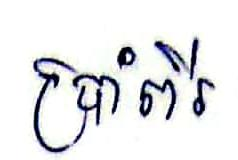
ប្រាំពីរ